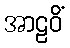
အာဠဝိံ